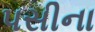
પસીના